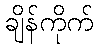
ချိန်ကိုက်